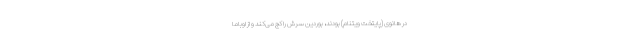
در هانوی (پایتخت ویتنام) بودند، بوردین سرش را کج می‌کند و از اوباما